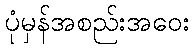
ပုံမှန်အစည်းအဝေး